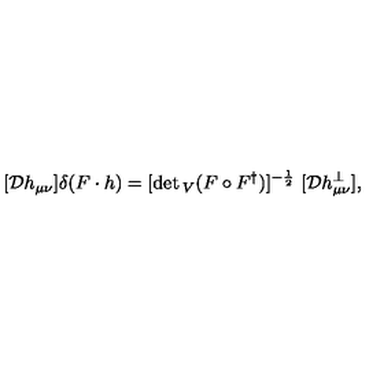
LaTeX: [ { \cal D } h _ { \mu \nu } ] \delta ( F \cdot h ) = [ \det { } _ { V } ( F \circ F ^ { \dag } ) ] ^ { - { \frac { 1 } { 2 } } } \ [ { \cal D } h _ { \mu \nu } ^ { \perp } ] ,